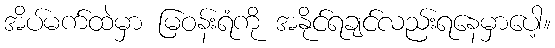
အိပ်မက်ထဲမှာ မြဝန်းရံကို အနိုင်ရချင်လည်းရနေမှာပေါ့။